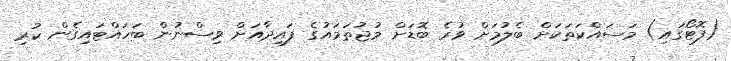
(ފޮޓޯގައި) މަސައްކަތަކަށް ބެލުމަށް ވުރެ ބޮޑަށް މުޖުތަމައުގެ ފައިދާއަށް ވިސްނުން ބަހައްޓައިގެން ކުރި